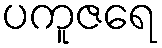
ပကူဇရေ